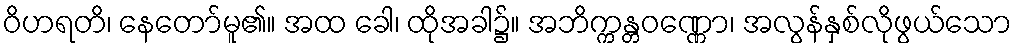
ဝိဟရတိ၊ နေတော်မူ၏။ အထ ခေါ၊ ထိုအခါ၌။ အဘိက္ကန္တဝဏ္ဏော၊ အလွန်နှစ်လိုဖွယ်သော